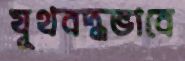
যূথবদ্ধভাবে